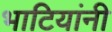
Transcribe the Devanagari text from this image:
भाटियांनी